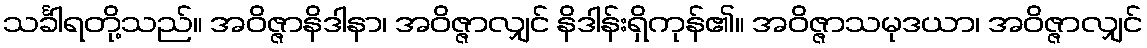
သင်္ခါရတို့သည်။ အဝိဇ္ဇာနိဒါနာ၊ အဝိဇ္ဇာလျှင် နိဒါန်းရှိကုန်၏။ အဝိဇ္ဇာသမုဒယာ၊ အဝိဇ္ဇာလျှင်